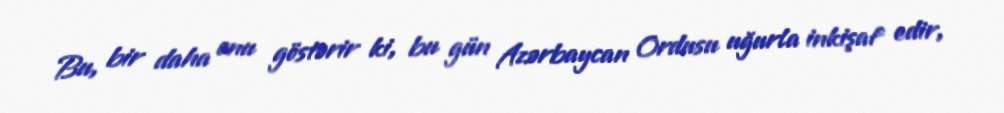
Bu, bir daha onu göstərir ki, bu gün Azərbaycan Ordusu uğurla inkişaf edir,